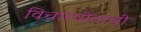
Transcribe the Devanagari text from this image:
विचारपीठाची